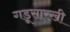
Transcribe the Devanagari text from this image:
गडूसारखी